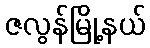
ဇလွန်မြို့နယ်